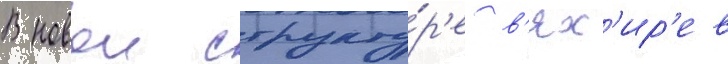
В новои структу́р'е в'ях'ир'ев